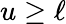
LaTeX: u\geq\ell